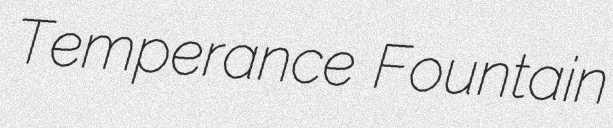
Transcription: Temperance Fountain